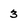
Character: 3